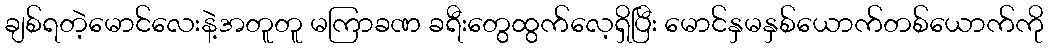
ချစ်ရတဲ့မောင်လေးနဲ့အတူတူ မကြာခဏ ခရီးတွေထွက်လေ့ရှိပြီး မောင်နှမနှစ်ယောက်တစ်ယောက်ကို